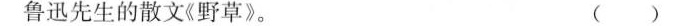
鲁迅先生的散文《野草》。 ( )